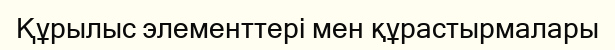
Құрылыс элементтері мен құрастырмалары